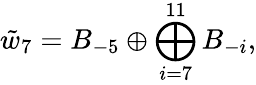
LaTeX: \tilde{w}_{7}=B_{-5}\oplus\bigoplus_{i=7}^{11}B_{-i},